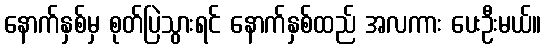
နောက်နှစ်မှ စုတ်ပြဲသွားရင် နောက်နှစ်ထည် အလကား ပေးဦးမယ်။